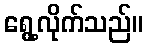
ရွေ့လိုက်သည်။